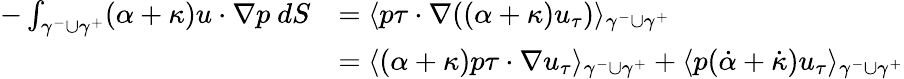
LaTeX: \begin{array}{rl}{-\int_{\gamma^{-}\cup\gamma^{+}}(\alpha+\kappa)u\cdot\nabla p\ dS}&{=\langle p\tau\cdot\nabla((\alpha+\kappa)u_{\tau})\rangle_{\gamma^{-}\cup\gamma^{+}}}\\ &{=\langle(\alpha+\kappa)p\tau\cdot\nabla u_{\tau}\rangle_{\gamma^{-}\cup\gamma^{+}}+\langle p(\dot{\alpha}+\dot{\kappa})u_{\tau}\rangle_{\gamma^{-}\cup\gamma^{+}}}\end{array}